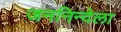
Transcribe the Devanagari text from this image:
जननिन्देला